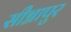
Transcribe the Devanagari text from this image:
सीग्नापुर